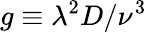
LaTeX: g\equiv\lambda^{2}D/\nu^{3}